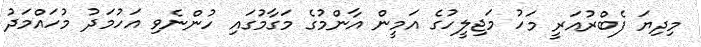
މިދިޔަ ފެބްރުއަރީ މަހު މަޖިލީހުގެ އަމީން އާންމުގެ މަގާމުގައި ހުންނެވި އަހުމަދު މުހައްމަދު